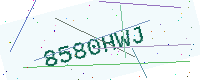
Text: 8580HWJ